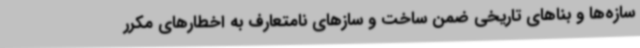
سازه‌ها و بناهای تاریخی ضمن ساخت‌ و سازهای نامتعارف به اخطارهای مکرر